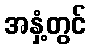
အနှံ့တွင်